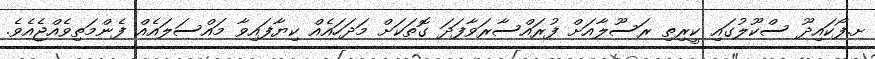
ށ.ފޯކައިދޫ ސްކޫލުގައި ކީރިތި ރަސޫލާއަށް ފުރައްސާރަވާފަދަ ގޮތަކަށް މަދަހައެއް ކިޔާފައިވާ މައްސަލައެއް ފެންމަތިވެއްޖެއެވެ.